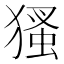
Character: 𤠘